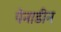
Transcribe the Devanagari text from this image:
पेनाडीन